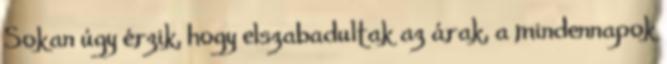
Sokan úgy érzik, hogy elszabadultak az árak, a mindennapok